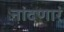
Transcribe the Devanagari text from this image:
नांदणारं